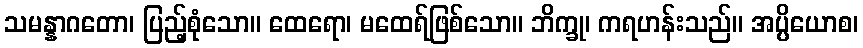
သမန္နာဂတော၊ ပြည့်စုံသော။ ထေရော၊ မထေရ်ဖြစ်သော။ ဘိက္ခု၊ ကရဟန်းသည်။ အပ္ပိယောစ၊